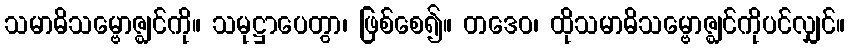
သမာဓိသမ္ဗောဇ္ဈင်ကို။ သမုဋ္ဌာပေတွာ၊ ဖြစ်စေ၍။ တဒေဝ၊ ထိုသမာဓိသမ္ဗောဇ္ဈင်ကိုပင်လျှင်။